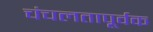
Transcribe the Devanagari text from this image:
चंचलतापूर्वक